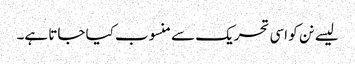
لیسے نن کو اسی تحریک سے منسوب کیا جاتا ہے۔